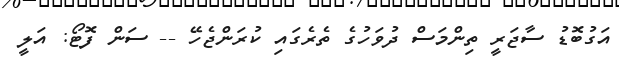
އަގުބޮޑު ސާޖަރީ ތިންމަސް ދުވަހުގެ ތެރެގައި ކުރަންޖެހޭ -- ސަން ފޮޓޯ: އަލީ